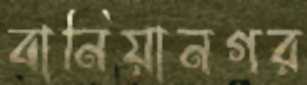
বানিয়ানগর